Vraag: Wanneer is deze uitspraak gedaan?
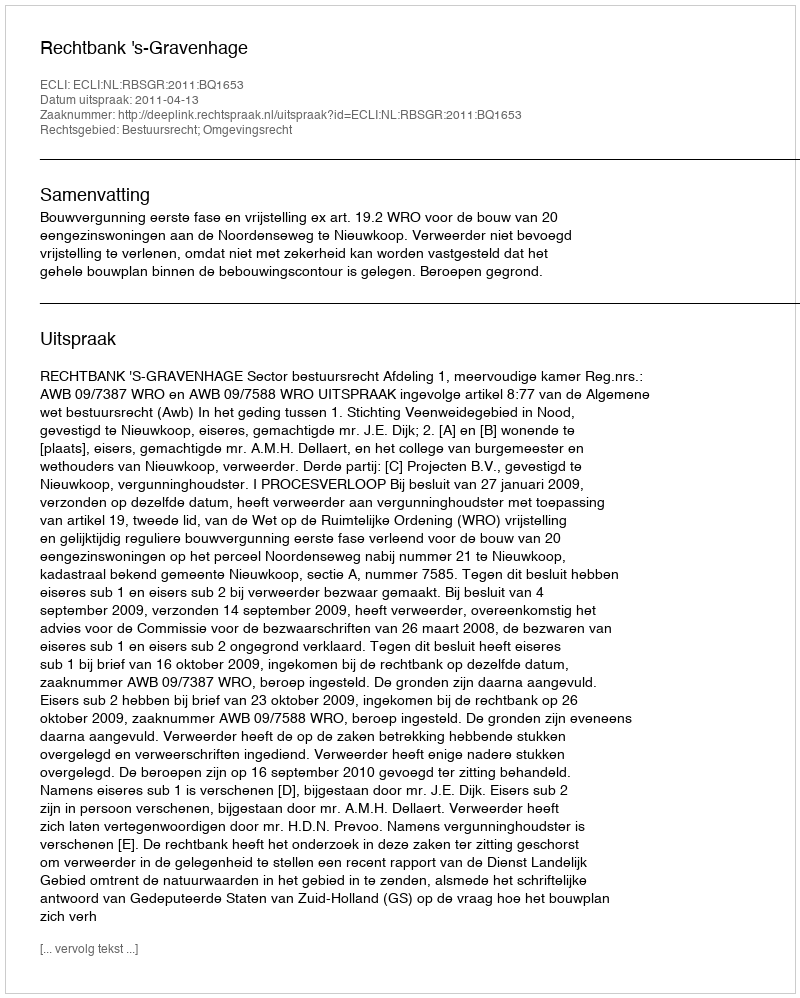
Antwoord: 2011-04-13